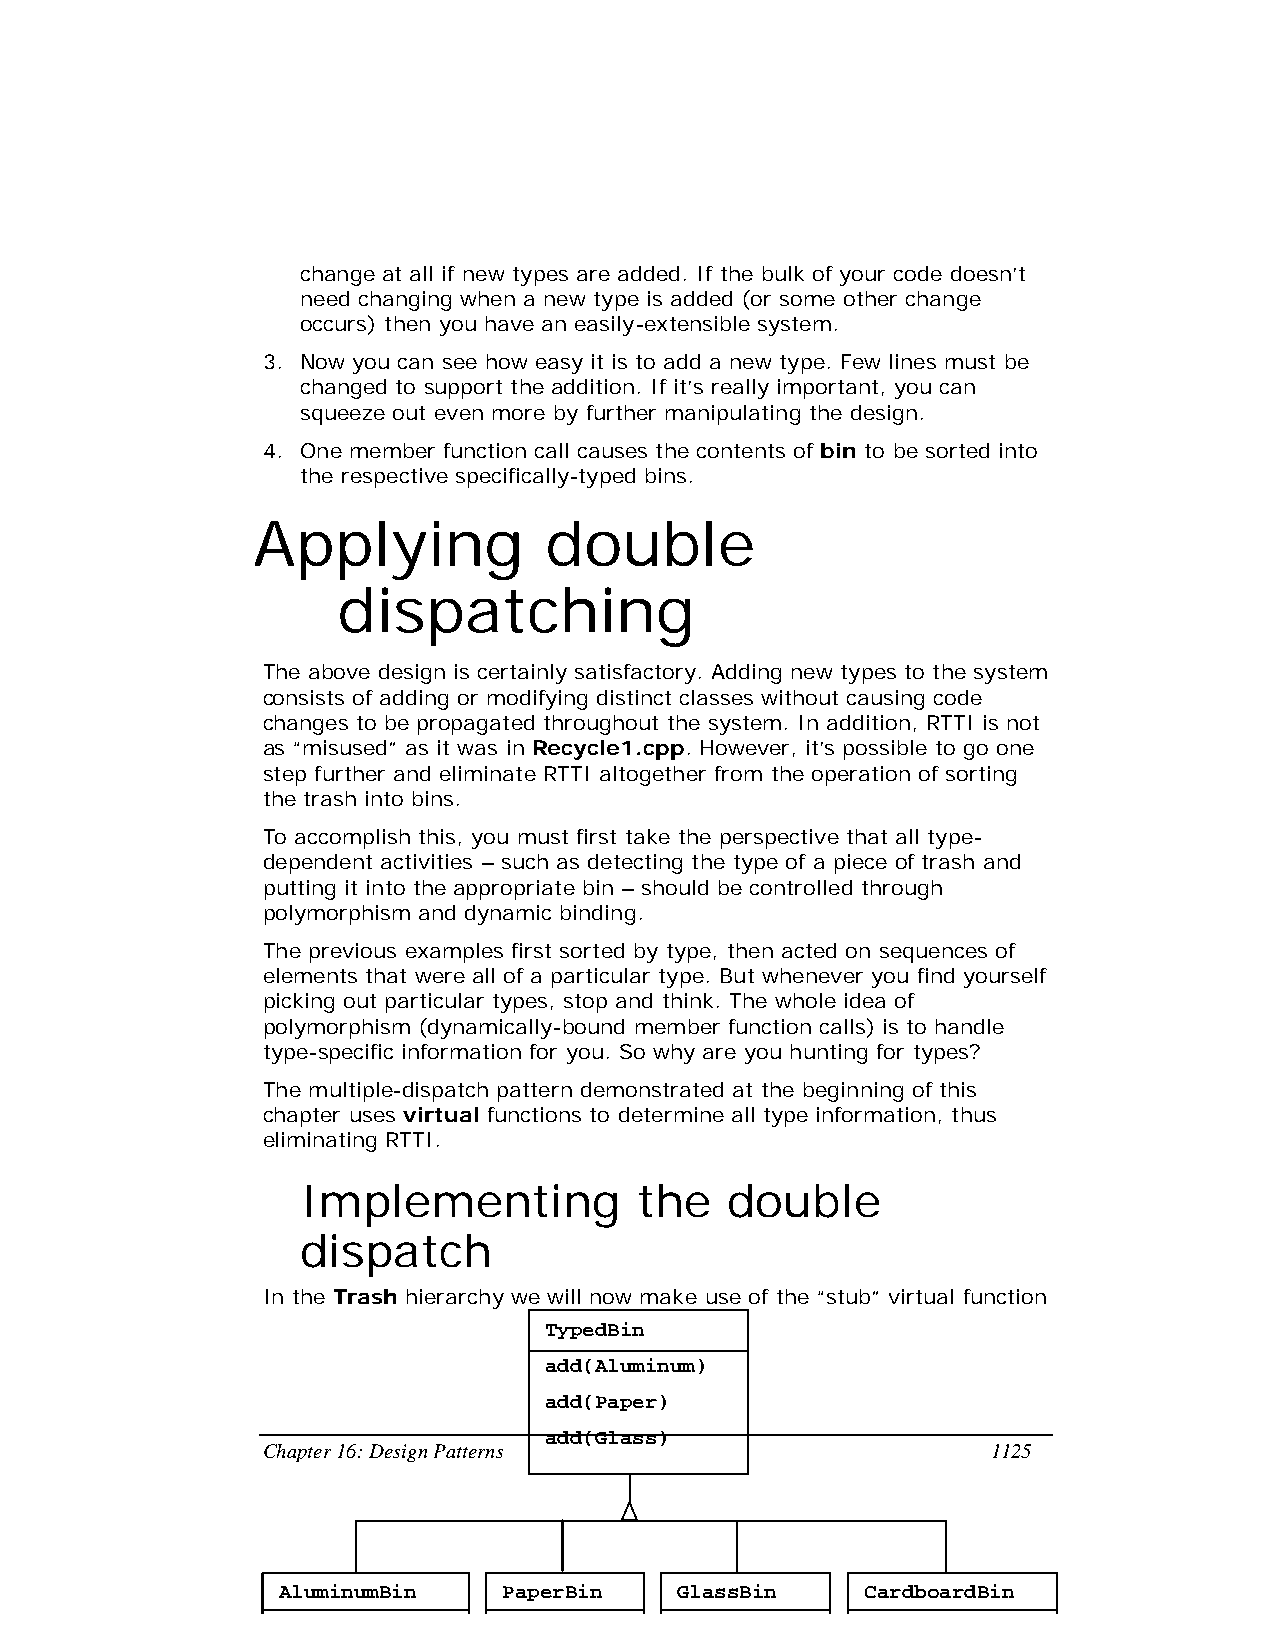
change at all if new types are added. If the bulk of your code doesn’t
 need changing when a new type is added (or some other change
 occurs) then you have an easily-extensible system.
 3. Now you can see how easy it is to add a new type. Few lines must be
 changed to support the addition. If it’s really important, you can
 squeeze out even more by further manipulating the design.
 4. One member function call causes the contents of bin to be sorted into
 the respective specifically-typed bins.
 Applying           double
 dispatching
 The above design is certainly satisfactory. Adding new types to the system
 consists of adding or modifying distinct classes without causing code
 changes to be propagated throughout the system. In addition, RTTI is not
 as “misused” as it was in Recycle1.cpp. However, it’s possible to go one
 step further and eliminate RTTI altogether from the operation of sorting
 the trash into bins.
 To accomplish this, you must first take the perspective that all type-
 dependent activities – such as detecting the type of a piece of trash and
 putting it into the appropriate bin – should be controlled through
 polymorphism and dynamic binding.
 The previous examples first sorted by type, then acted on sequences of
 elements that were all of a particular type. But whenever you find yourself
 picking out particular types, stop and think. The whole idea of
 polymorphism (dynamically-bound member function calls) is to handle
 type-specific information for you. So why are you hunting for types?
 The multiple-dispatch pattern demonstrated at the beginning of this
 chapter uses virtual functions to determine all type information, thus
 eliminating RTTI.
 Implementing          the   double
 dispatch
 In the Trash hierarchy we will now make use of the “stub” virtual function
 TypedBin
 add(Aluminum)
 add(Paper)
 add(Glass)
 Chapter 16: Design Patterns                      1125
 add(Cardboard)
 AluminumBin    PaperBin    GlassBin    CardboardBin